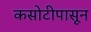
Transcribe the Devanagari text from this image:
कसोटीपासून